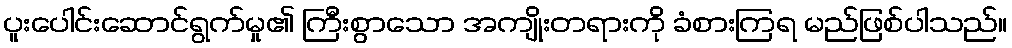
ပူးပေါင်းဆောင်ရွက်မှု၏ ကြီးစွာသော အကျိုးတရားကို ခံစားကြရ မည်ဖြစ်ပါသည်။